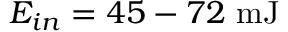
E _ { i n } = 4 5 - 7 2 \mathrm { ~ m J }